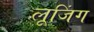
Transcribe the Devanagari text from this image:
लूजिंग